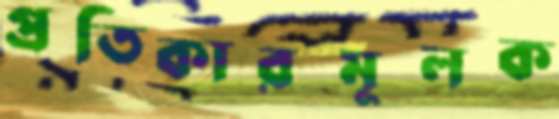
প্রতিকারমূলক